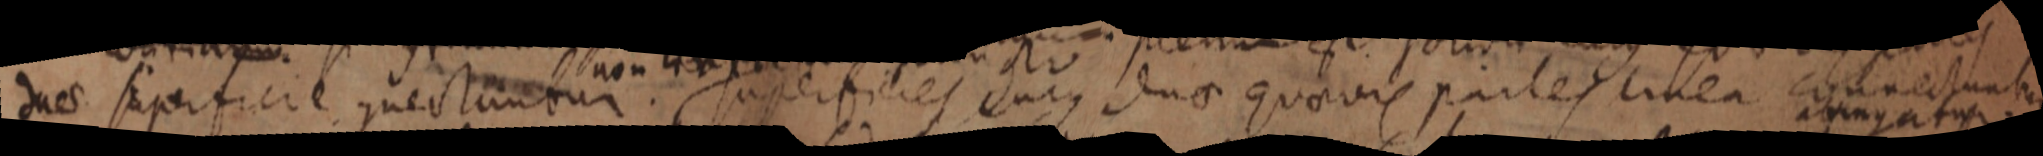
dues superficie quectunbur superficies cujus duae quovis partes linea connectuntur